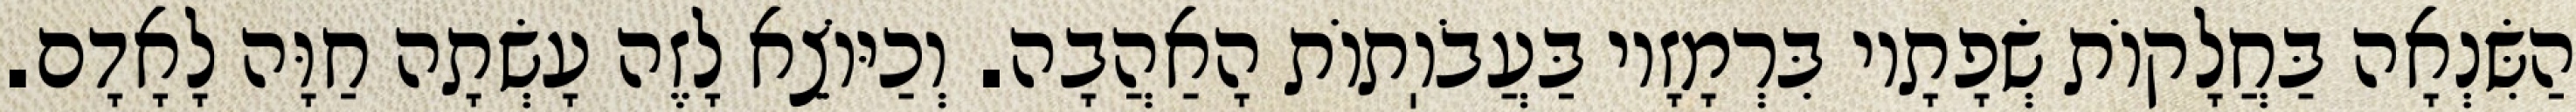
הַשִּׂנְאָה בַּחֲלָקוֹת שְׂפָתָיו בִּרְמָזָיו בַּעֲבֹוֽתוֹת הָאַהֲבָה. וְכַיּוֹצֵא לָזֶה עָשְׂתָה חַוָּה לָאָדָם.